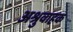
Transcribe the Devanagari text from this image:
अश्रुवाहक